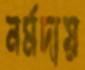
নর্মদায়